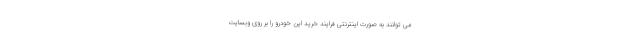
می توانند به صورت اینترنتی فرایند خرید این خودرو را بر روی وبسایت